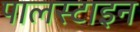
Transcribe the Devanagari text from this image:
पालस्टाइन